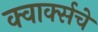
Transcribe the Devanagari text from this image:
क्वार्क्सचे